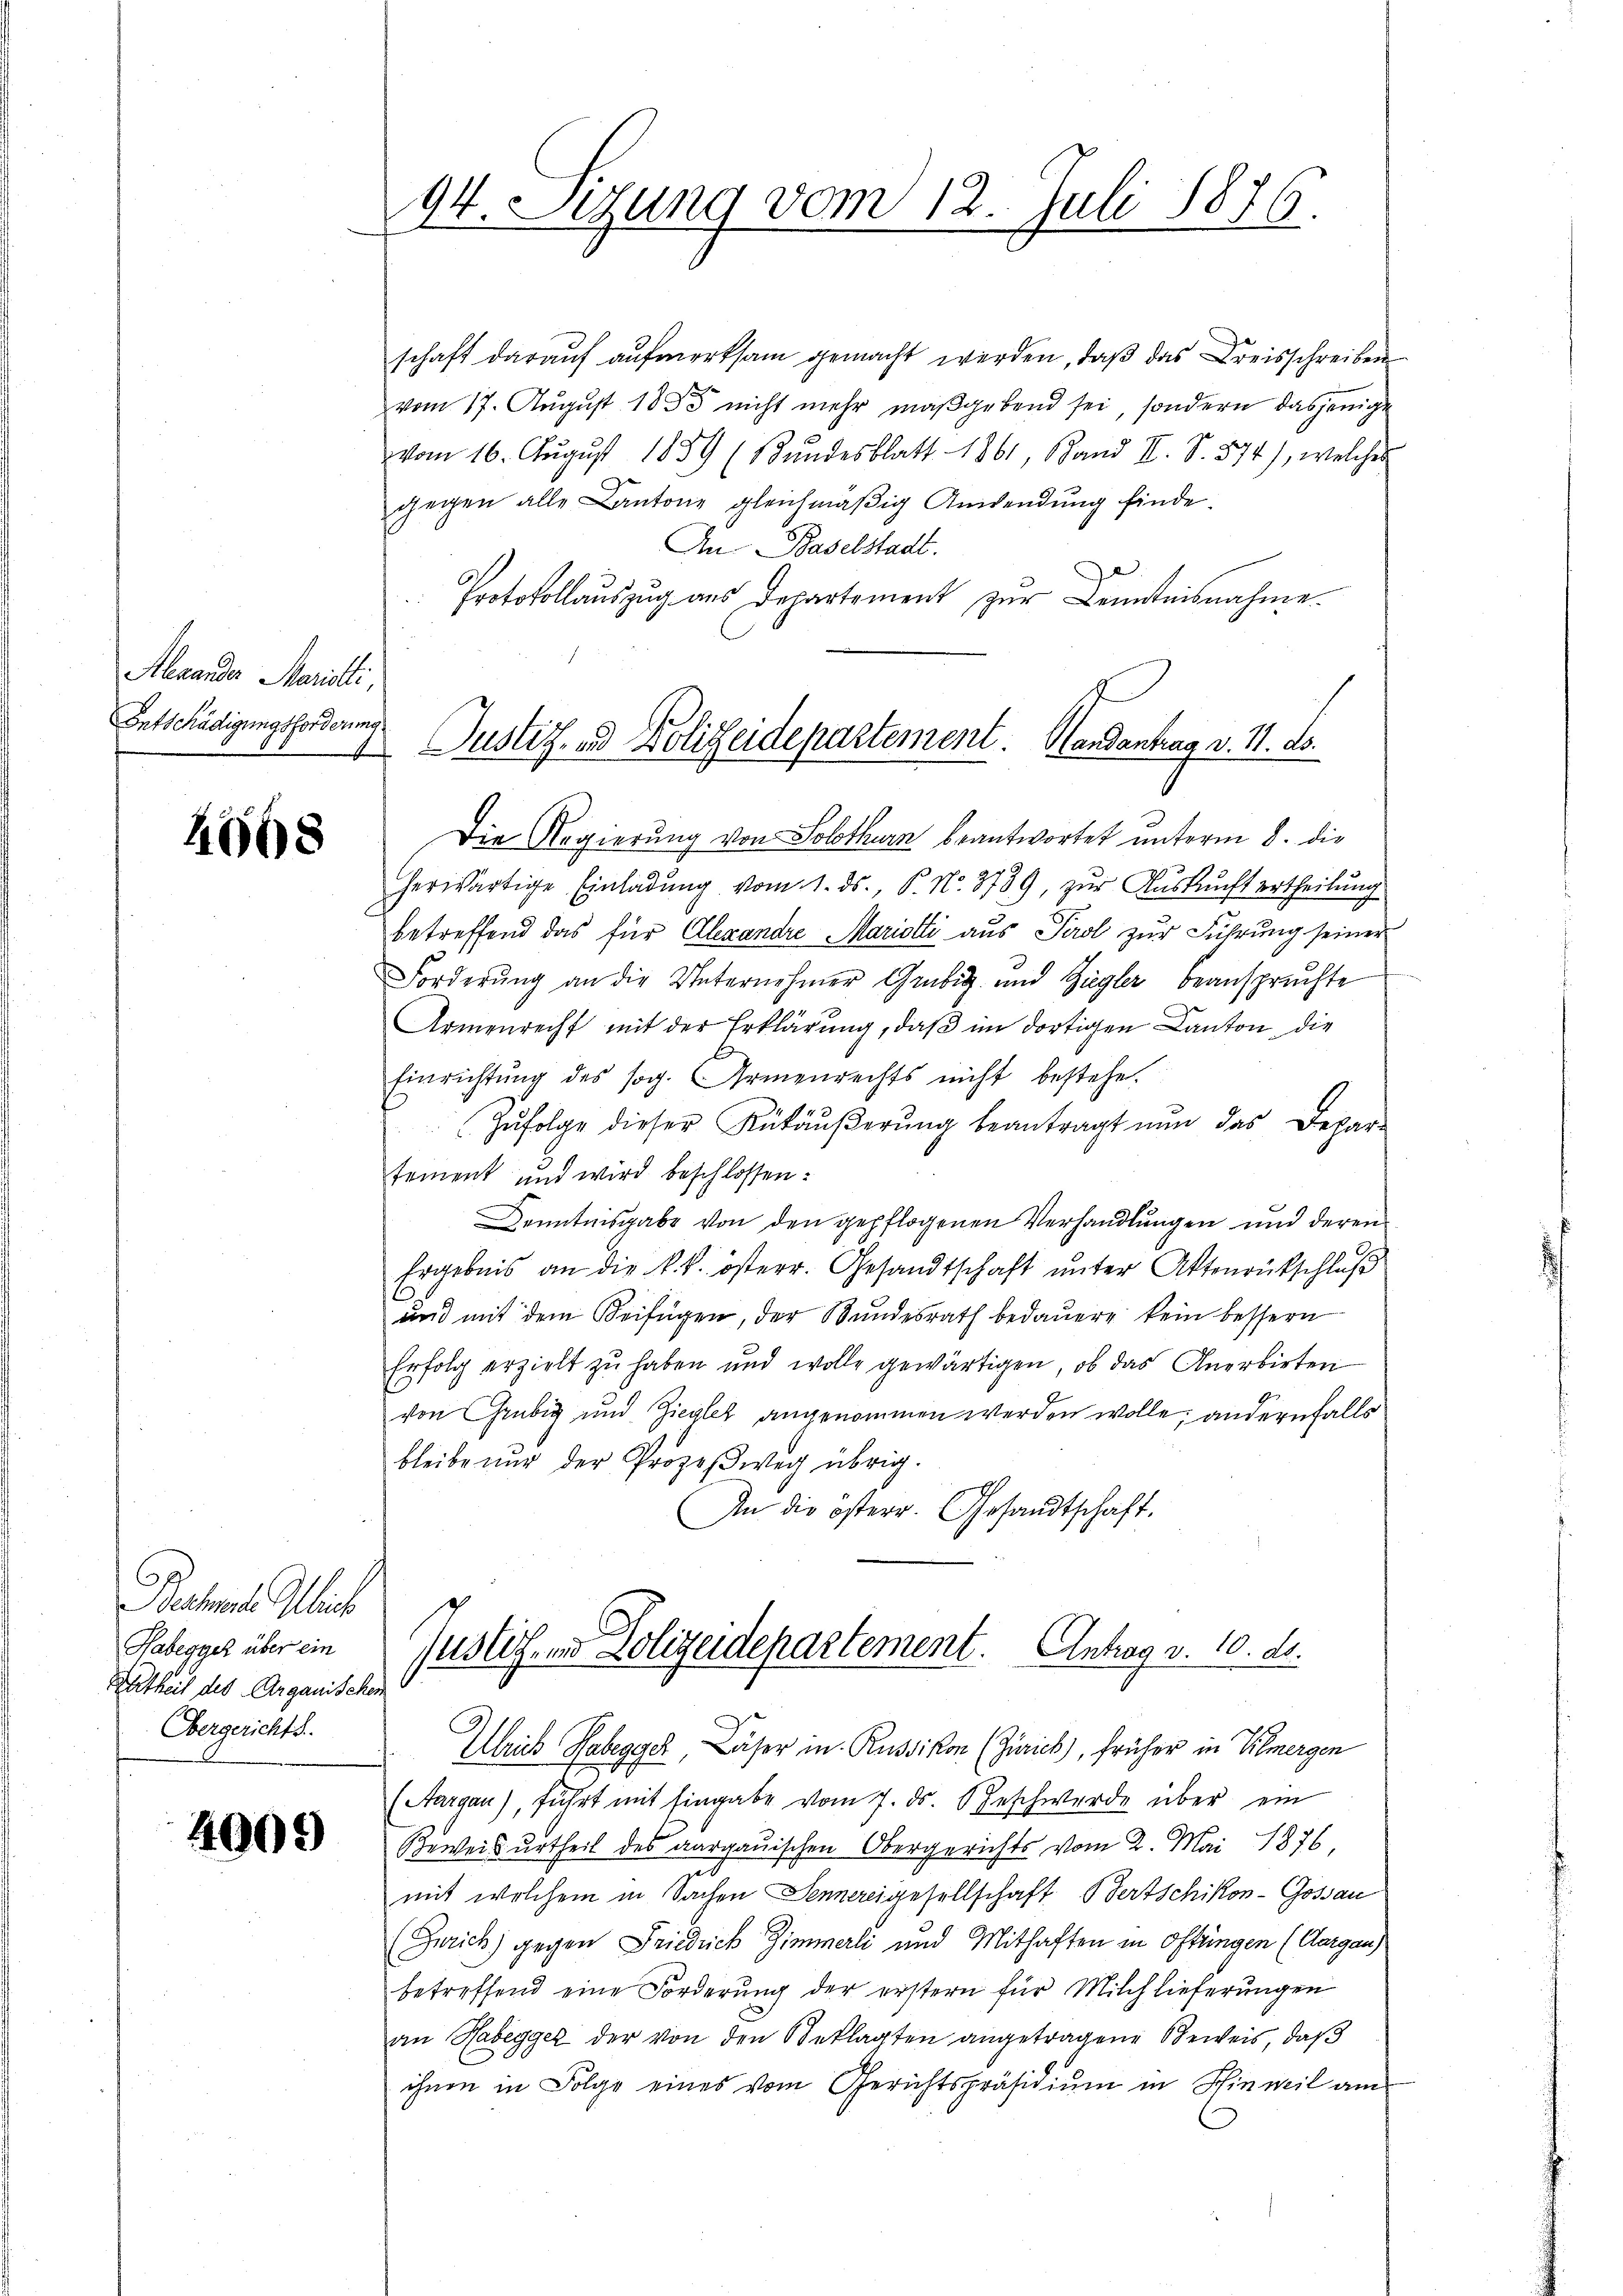
Alexander Mariati
Entschädigungsforderung.
1

1668

Bachmale Gleich
Habegger über ein
Rutheit des Aarganischen
Obergerichts

4009

94. Setzung vom 12. Juli 1876.

schaft darauf aufmerksam gemacht werden, daß das Kreisschreiben
vom 17. August 1885 nicht mehr maßgebend sei, sondern dasjenige
vom 16. Aŭgŭst 1839 (Stŭndesblatt 1861, Band II. S. 574), welcher
gegen alle Kantone gleichmäßig Anwendung finde.
An Baselstadt.
Protokollauszug aus Departement zur Kenntnisnahme
Die Regierung von Solothurn beantwortet unterm 8. die
herwärtige Einladŭng vom 1. ds., P. Nr. 3789, zŭr Aŭskŭnft ertheilŭng
betreffend das für Alexandre Mariotti aus Perol zur Führung seiner
Forderung an die Unternehmer Grubig und Ziegler beanspruchte
Armenrecht mit der Erklärung, daβ im dortigen Canton, die
Einrichtung des sog. Armenrechts nicht bestehe.
 Zŭfolge dieser Rükäŭβerŭng beantragt nun das Depar-
tement und wird beschlossen:
Kenntnisgabe von den gepflogenen Verhandlungen und deren
Ergebnis an die k. k. österr. Gesandtschaft ŭnter Aktenrückschluß
und mit dem Beifügen, der Bundesrath bedauere kein bessern
Erfolg erzielt zu haben und wolle gewärtigen, ob das Anerbirten
von Grubig und Ziegler angenommen werden wolle; andernfalls
bleibe nur der Prozeßweg übrig.
An die österr. Gesandtschaft.
Justiz, in Polizeidepartement. Antrag a. 10. ds.
Ulrich Hasegger, Käser in Russikon (Zürich), früher in Vilmergen
(Aargau), führt mit Eingabe vom 7. ds. Beschwerde über ein
Beweisurtheil des aargauischen Obergerichts vom 2. Mai 1876
mit welchem in Sachen Sennereigesellschaft Bertschikon-Gossau
(Zürich) gegen Friedrich Zimmerli und Mithaften in Oftringen (Aargau)
betreffend eine Forderung der erstern für Milchlieferungen
an Habegger der von den Beklagten angetragene Beweis, daß
ihnen in Folge eines vom Gerichtspräsidiŭm in Hinweil am

Justiz- und Polizeidepartement. Handantrag v. 11. ds.